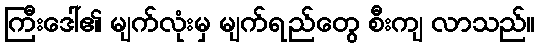
ကြီးဒေါ်၏ မျက်လုံးမှ မျက်ရည်တွေ စီးကျ လာသည်။